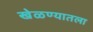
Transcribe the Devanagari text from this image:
खेळण्यातला